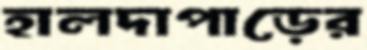
হালদাপাড়ের